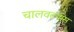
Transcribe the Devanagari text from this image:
चालवल्यास